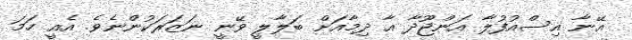
އޭނާ އިސްއުފުލާ އަންޖޫދާ އާ ދިމާއަށް ބަލާލީ ވޭނީ ނަޒަރަކުންނެވެ. އެއީ ހަމަ